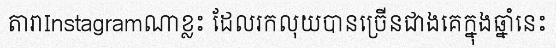
តារាInstagramណាខ្លះ ដែលរកលុយបានច្រើនជាងគេក្នុងឆ្នាំនេះ